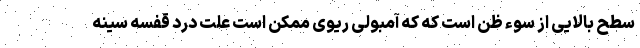
سطح بالایی از سوء ظن است که که آمبولی ریوی ممکن است علت درد قفسه سینه